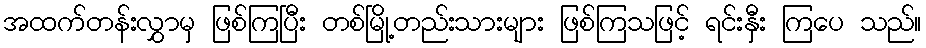
အထက်တန်းလွှာမှ ဖြစ်ကြပြီး တစ်မြို့တည်းသားများ ဖြစ်ကြသဖြင့် ရင်းနှီး ကြပေ သည်။